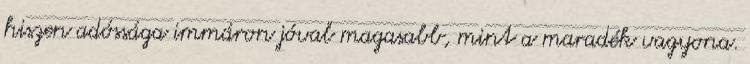
hiszen adóssága immáron jóval magasabb, mint a maradék vagyona.